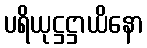
ပရိယုဋ္ဌဋ္ဌာယိနော